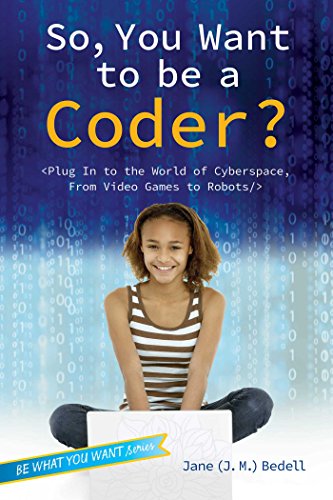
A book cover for So, You Want to Be a Coder?: Plug In to the World of Cyberspace, from Video Games to Robots (Be What You Want); Jane (J. M.) Bedell; Children's Books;